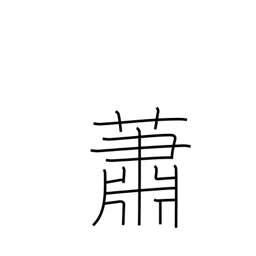
Meaning: calm